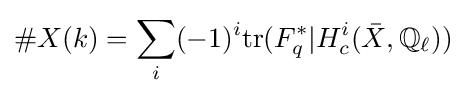
\#X(k)=\sum _{i}(-1)^{i}\mathrm {tr} (F_{q}^{*}|H_{c}^{i}({\bar {X}},\mathbb {Q} _{\ell }))